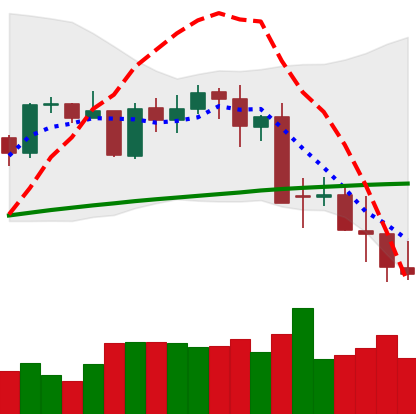
Ticker: BTC-USD
Chart end date: 2021-05-18
Forward return: -18.968%
Label: down_7plus